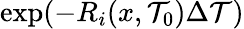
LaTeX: \exp(-R_{i}(x,\mathcal{T}_{0})\Delta\mathcal{T})